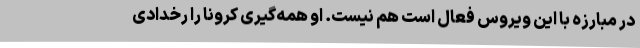
در مبارزه با این ویروس فعال است هم نیست. او همه‌گیری کرونا را رخدادی